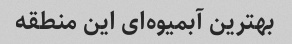
بهترین آبمیوه‌ای این منطقه